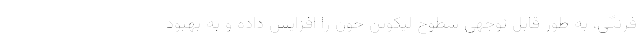
فرنگی، به طور قابل توجهی سطوح لیکوپن خون را افزایش داده و به بهبود